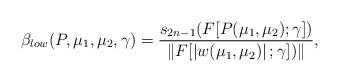
LaTeX: \begin{align*}\beta _{low} (P,\mu _1 ,\mu _2 ,{\gamma}) =\frac{{s_{2n - 1} (F[P(\mu _1 ,\mu _2 );\gamma ])}}{{\left\| {F[\left|w(\mu _1 ,\mu _2 )\right|;\gamma ])} \right\|}},\end{align*}